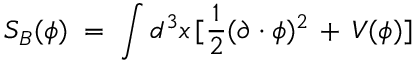
S _ { B } ( \phi ) \; = \; \int d ^ { 3 } x \, [ \frac { 1 } { 2 } ( \partial \cdot \phi ) ^ { 2 } \, + \, V ( \phi ) ]